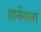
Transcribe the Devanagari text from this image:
हार्नेसला